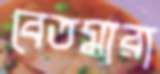
বেতমারা